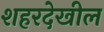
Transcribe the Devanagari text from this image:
शहरदेखील